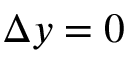
\Delta y = 0